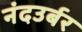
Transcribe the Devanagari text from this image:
नंदउर्बर